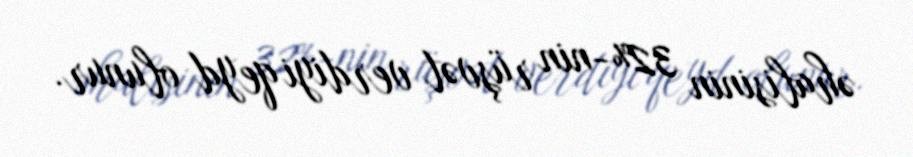
əhalisinin 32%-nin rüşvət verdiyi qeyd olunur.